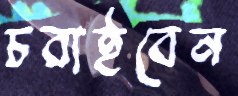
চরাইবেন